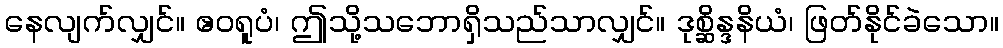
နေလျက်လျှင်။ ဧဝရူပံ၊ ဤသို့သဘောရှိသည်သာလျှင်။ ဒုစ္ဆိန္ဒနိယံ၊ ဖြတ်နိုင်ခဲသော။